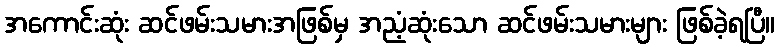
အကောင်းဆုံး ဆင်ဖမ်းသမားအဖြစ်မှ အညံ့ဆုံးသော ဆင်ဖမ်းသမားများ ဖြစ်ခဲ့ရပြီ။